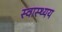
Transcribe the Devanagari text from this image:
स्वास्थ्यय